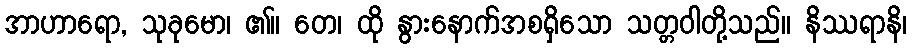
အာဟာရော, သုခုမော၊ ၏။ တေ၊ ထို နွားနောက်အစရှိသော သတ္တဝါတို့သည်။ နိဿရာနိ၊